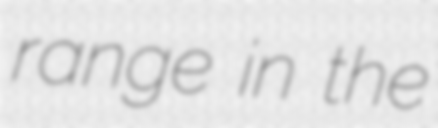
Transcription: range in the